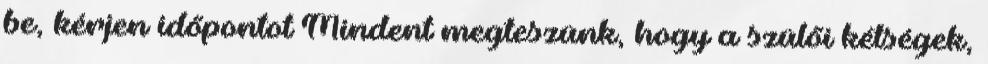
be, kérjen időpontot Mindent megteszünk, hogy a szülői kétségek,